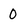
Character: 0